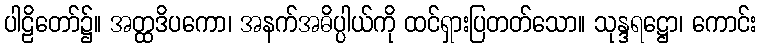
ပါဠိတော်၌။ အတ္ထဒိပကော၊ အနက်အဓိပ္ပါယ်ကို ထင်ရှားပြတတ်သော။ သုန္ဒရဋ္ဌော၊ ကောင်း